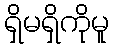
ရှိမရှိကိုမူ